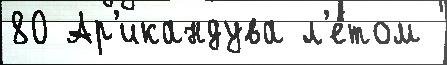
80 Ар'икандува л'е́том